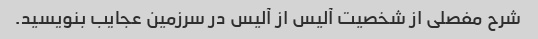
شرح مفصلی از شخصیت آلیس از آلیس در سرزمین عجایب بنویسید.